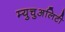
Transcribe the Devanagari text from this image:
म्युचुअलिटी